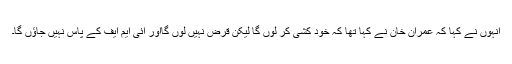
انہوں نے کہا کہ عمران خان نے کہا تھا کہ خود کشی کر لوں گا لیکن قرض نہیں لوں گااور آئی ایم ایف کے پاس نہیں جاؤں گا۔